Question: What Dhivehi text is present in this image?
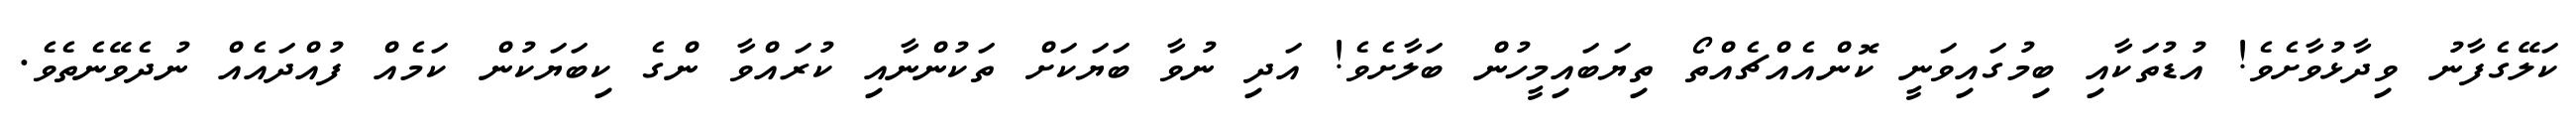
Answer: ކަލޭގެފާނު ވިދާޅުވާށެވެ! އުޑުތަކާއި ބިމުގައިވަނީ ކޮންއެއްޗެއްތޯ ތިޔަބައިމީހުން ބަލާށެވެ! އަދި ނުވާ ބަޔަކަށް ތަކުންނާއި ކުރައްވާ ންގެ ކިބަޔަކުން ކަމެއް ފުއްދައެއް ނުދެވޭނެތެވެ.